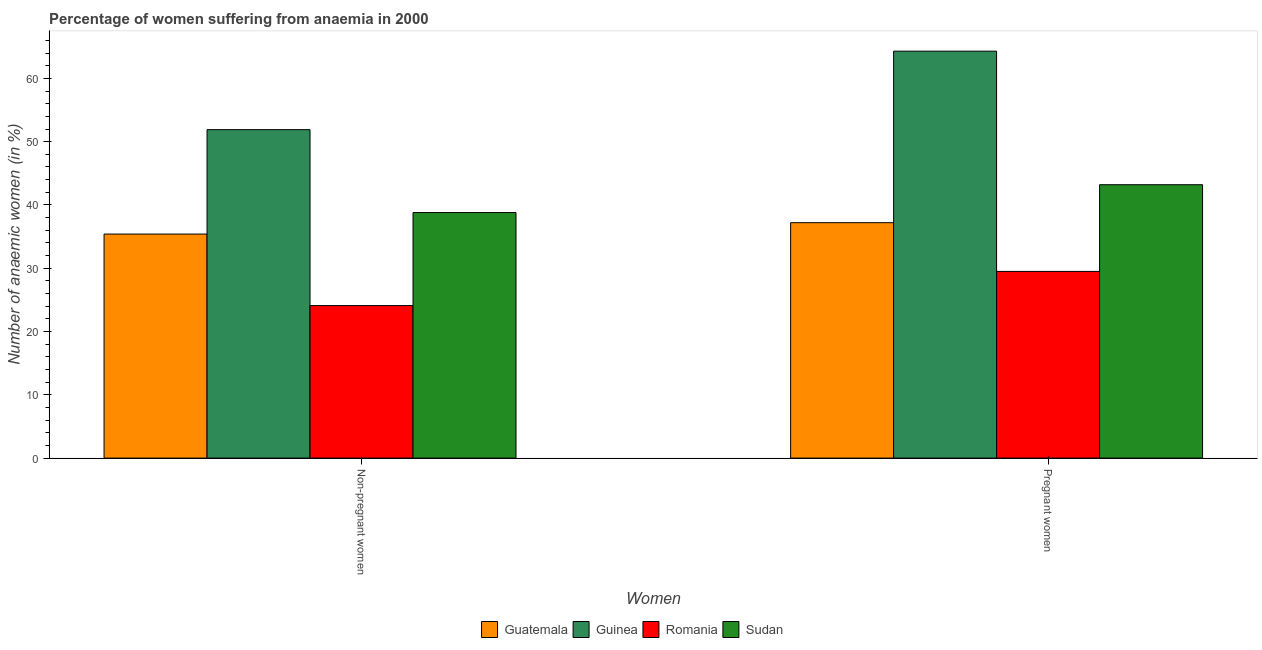
| Women | Guatemala | Guinea | Romania | Sudan |
 | --- | --- | --- | --- | --- |
 | Non-pregnant women | 35.4 | 51.9 | 24.1 | 38.8 |
 | Pregnant women | 37.2 | 64.3 | 29.5 | 43.2 |